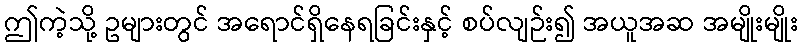
ဤကဲ့သို့ ဥများတွင် အရောင်ရှိနေရခြင်းနှင့် စပ်လျဉ်း၍ အယူအဆ အမျိုးမျိုး